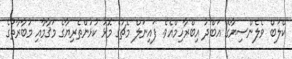
ކްލަބް ވެލެންސިޔާގެ އަބްދު އިބްރާހިމްއެވެ. ފައިނަލް މެޗުގެ މޮޅު ކުޅުންތެރިޔާގެ މަޤާމާއި މުބާރާތުގެ